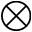
\otimes